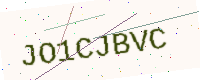
Text: JO1CJBVC